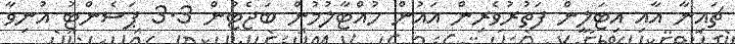
ޗައިނާ އާއި އިޓަލީން ފަތުރުވެރިން އައުން ހުއްޓާލުމުން ބަޖެޓުން 3.3 ޕަސެންޓު އުނިވާ